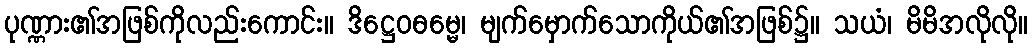
ပုဏ္ဏား၏အဖြစ်ကိုလည်းကောင်း။ ဒိဋ္ဌေဝဓမ္မေ၊ မျက်မှောက်သောကိုယ်၏အဖြစ်၌။ သယံ၊ မိမိအလိုလို။